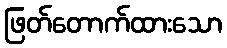
ဖြတ်တောက်ထားသော